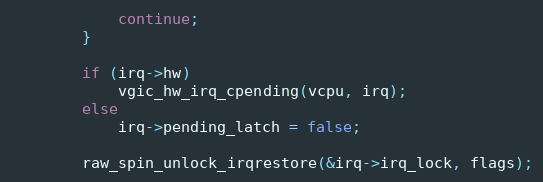
Language: C
			continue;
		}

		if (irq->hw)
			vgic_hw_irq_cpending(vcpu, irq);
		else
			irq->pending_latch = false;

		raw_spin_unlock_irqrestore(&irq->irq_lock, flags);